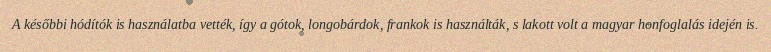
A későbbi hódítók is használatba vették, így a gótok, longobárdok, frankok is használták, s lakott volt a magyar honfoglalás idején is.